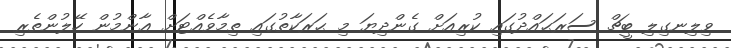
ވިލިނގިލި ބީޗް ސަރަޙައްދުގައި ކުރިއަށް ގެންދިޔަ މި ޙަރަކާތުގައި ތިމާވެއްޓަށް ޢާންމުން ހޭލުންތެރި